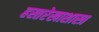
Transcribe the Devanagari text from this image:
हस्तरेखाशास्त्र